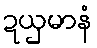
ဍယှမာနံ